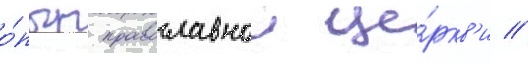
о́пыт православнои це́ркв'и //